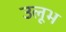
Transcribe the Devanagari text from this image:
उलूभ